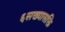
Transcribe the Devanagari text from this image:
६सख्यासक्ति